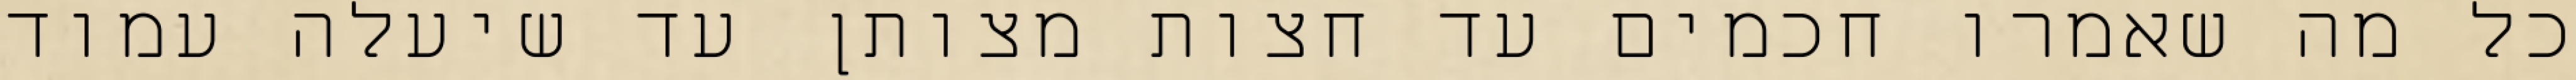
כל מה שאמרו חכמים עד חצות מצותן עד שיעלה עמוד